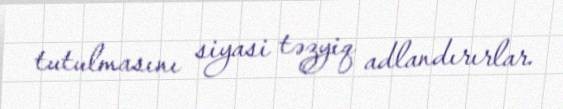
tutulmasını siyasi təzyiq adlandırırlar.